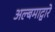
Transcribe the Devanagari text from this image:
अल्बमाद्वारे